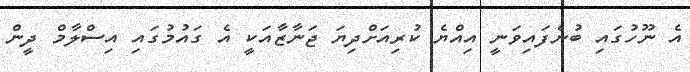
އެ ނޫހުގައި ބުނެފައިވަނީ އިއްޔެ ކުރިއަށްދިޔަ ޖަނާޒާއަކީ އެ ގައުމުގައި އިސްލާމް ދީން